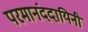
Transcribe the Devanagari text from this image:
परमानंददायिनी